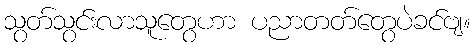
သွတ်သွင်းလာသူတွေဟာ ပညာတတ်တွေပဲခင်ဗျ။